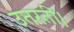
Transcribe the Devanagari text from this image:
उतरतीं।